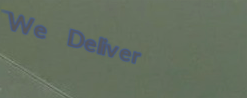
We Deliver